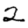
Digit: 2